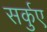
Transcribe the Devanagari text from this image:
सर्कुए